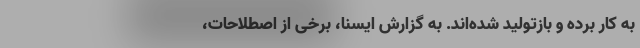
به کار برده و بازتولید شده‌اند. به گزارش ایسنا، برخی از اصطلاحات،